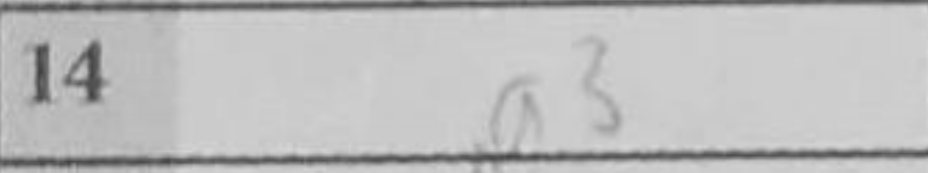
Transcription: a3